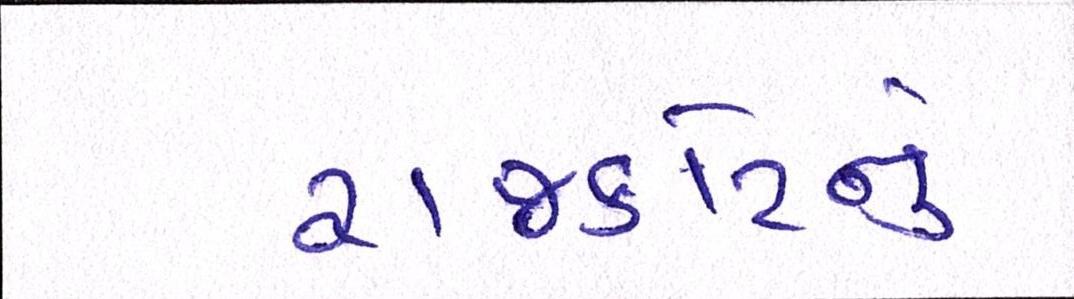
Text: રાજકોટનું